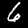
Label: 6